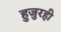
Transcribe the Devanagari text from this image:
हुजुरही